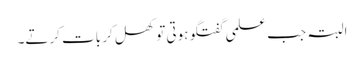
البتہ جب علمی گفتگو ہوتی تو کھل کر بات کرتے۔